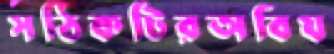
সঠিকটিরঅবিয